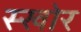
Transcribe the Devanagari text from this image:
स्खोर